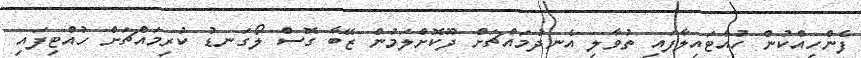
ފެންހިއްކުން ހުއްޓައިލާފައި ތުވާލި އެނދުމައްޗަށް ދޫކޮށްލަމުން ޒޭބާ ގޮސް ލޯގަނޑު ކުރިމައްޗަށް ހުއްޓިފައި